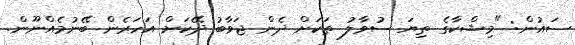
ސައުން: "މިޝްކާގެ ތިޔަ ސުވާލު ތަކަށް ދެން ޖަވާބު ދޭކަށް އަހަރެން ބޭނުމެއްނޫން.